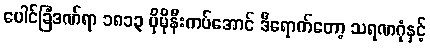
ပေါင်ခြံဒဏ်ရာ ၁၈၁၃ ပိုမိုနီးကပ်အောင် ဒီရောက်တော့ သရဏဂုံနှင့်